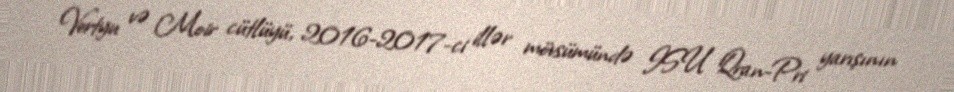
Vertyu və Moir cütlüyü, 2016-2017-ci illər mövsümündə ISU Qran-Pri yarışının